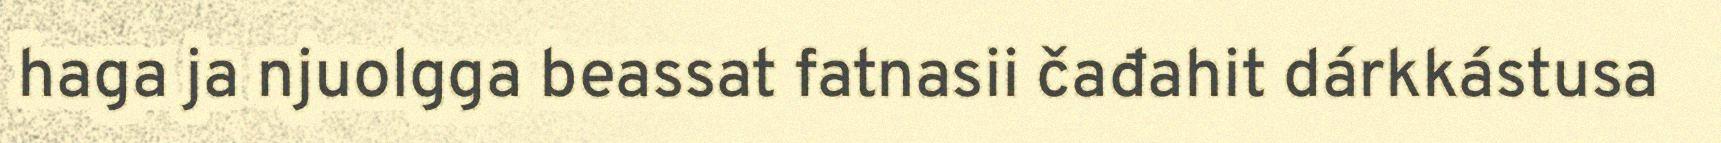
haga ja njuolgga beassat fatnasii čađahit dárkkástusa